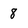
Character: 8